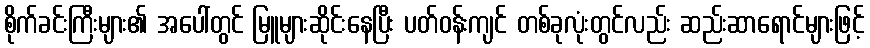
စိုက်ခင်းကြီးများ၏ အပေါ်တွင် မြူများဆိုင်းနေပြီး ပတ်ဝန်းကျင် တစ်ခုလုံးတွင်လည်း ဆည်းဆာရောင်များဖြင့်